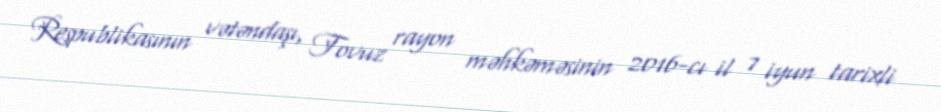
Respublikasının vətəndaşı, Tovuz rayon məhkəməsinin 2016-cı il 7 iyun tarixli